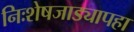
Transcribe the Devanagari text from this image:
निःशेषजाड्यापहा